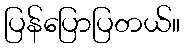
ပြန်ပြောပြတယ်။